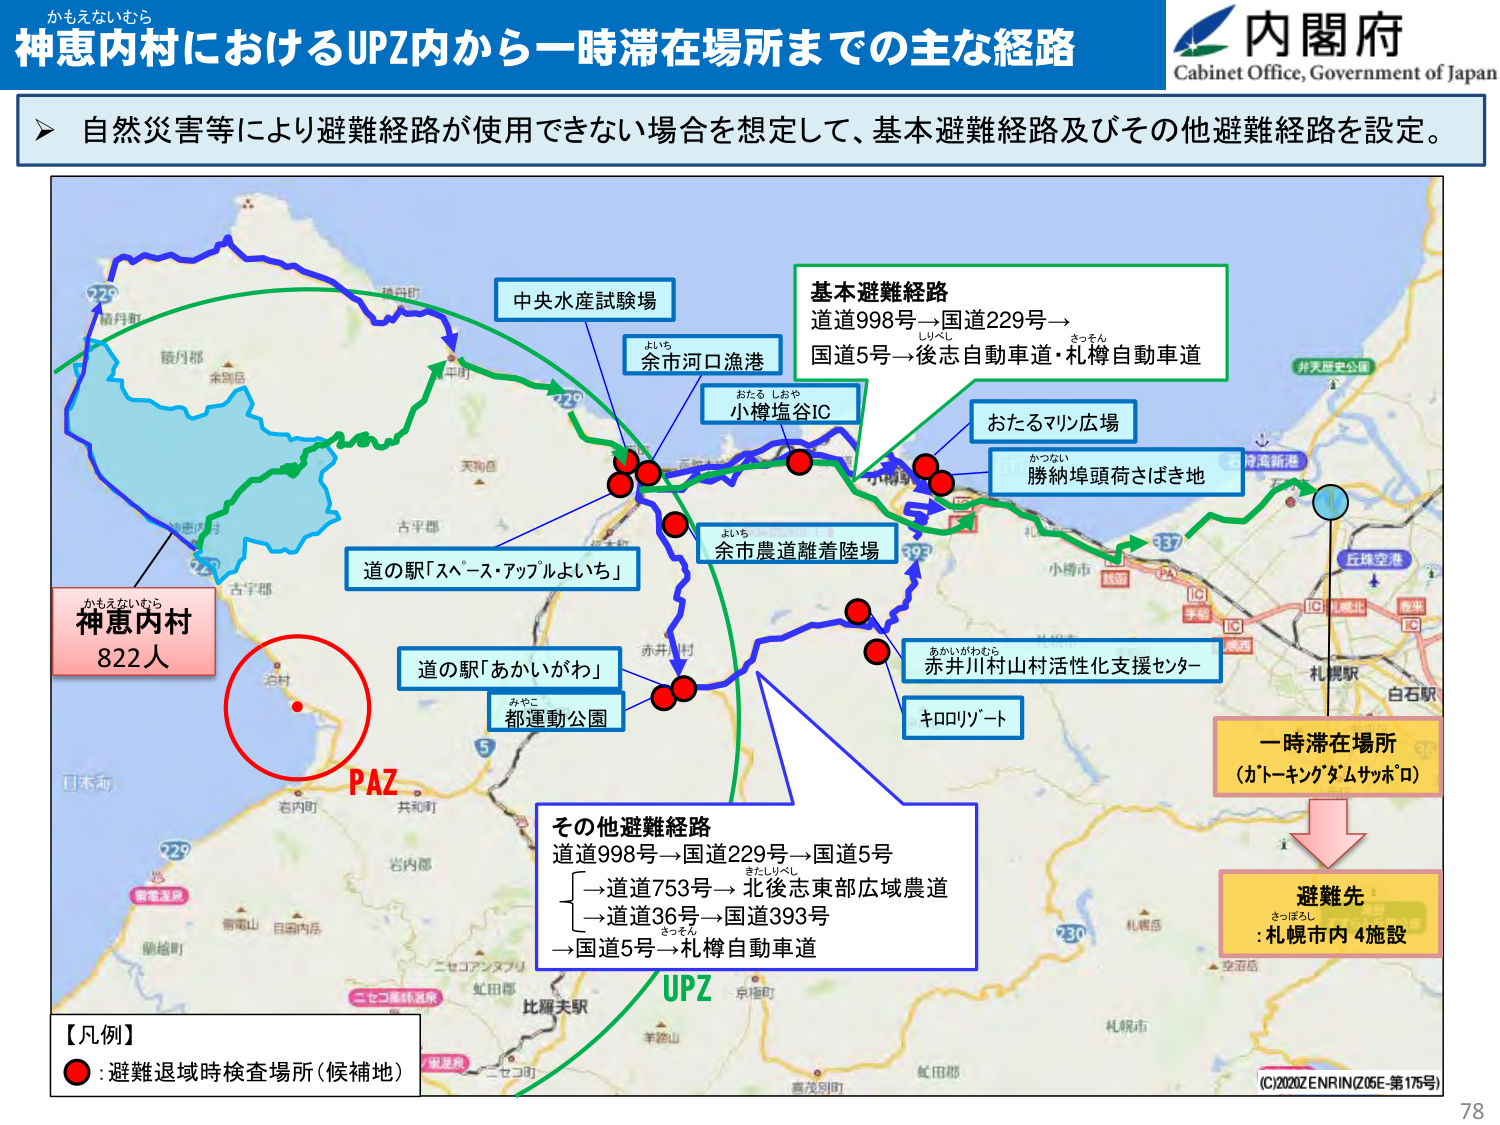
かもえないむら
神恵内村におけるUPZ内から一時滞在場所までの主な経路
内閣府
Cabinet Office, Government of Japan
自然災害等により避難経路が使用できない場合を想定して、基本避難経路及びその他避難経路を設定。
中央水産試験場
基本避難経路
道道998号→国道229号→
国道5号→後志自動車道・札樽自動車道
よいち
余市河口漁港
おたる しおや
小樽塩谷IC
おたるマリン広場
かつない
勝納埠頭荷さばき地
道の駅「スペース・アップよいち」
よいち
余市農道離着陸場
あかいがわむら
赤井川村山村活性化支援センター
道の駅「あかいがわ」
みやこ
都運動公園
キロロリゾート
かもえないむら
神恵内村
822人
PAZ
その他避難経路
道道998号→国道229号→国道5号
→道道753号→北後志東部広域農道
→道道36号→国道393号
→国道5号→札樽自動車道
UPZ
一時滞在場所
（ガトーキングダムサッポロ）
避難先
さっぽろ
：札幌市内 4施設
【凡例】
●：避難退域時検査場所（候補地）
(C)2020Z ENRIN(Z05E-第175号)
78